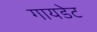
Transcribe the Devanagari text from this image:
गायडेट